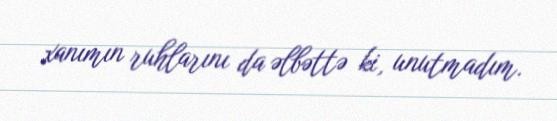
xanımın ruhlarını da əlbəttə ki, unutmadım.